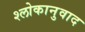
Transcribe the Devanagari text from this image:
श्‍लोकानुवाद